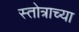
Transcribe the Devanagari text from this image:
स्तोत्राच्या